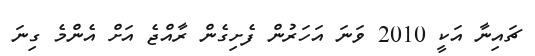
ޗައިނާ އަކީ 2010 ވަނަ އަހަރުން ފެށިގެން ރާއްޖެ އަށް އެންމެ ގިނަ